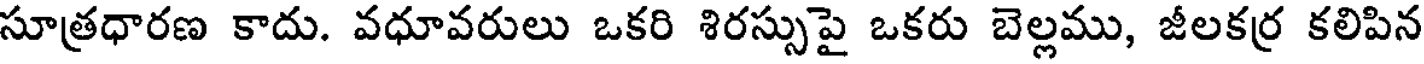
సూత్రధారణ కాదు. వధూవరులు ఒకరి శిరస్సుపై ఒకరు బెల్లము, జీలకర్ర కలిపిన